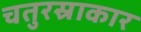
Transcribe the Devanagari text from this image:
चतुरस्राकार